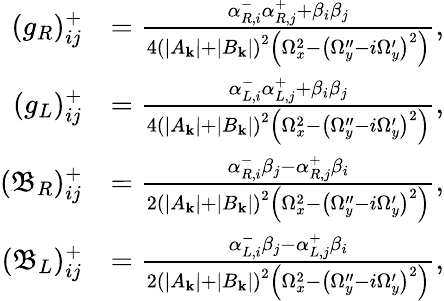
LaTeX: \begin{array}{rl}{(g_{R})_{ij}^{+}}&{=\frac{\alpha_{R,i}^{-}\alpha_{R,j}^{+}+\beta_{i}\beta_{j}}{4{\left(|A_{\mathbf{k}}|+|B_{\mathbf{k}}|\right)}^{2}\left(\Omega_{x}^{2}-{\left(\Omega_{y}^{\prime\prime}-i\Omega_{y}^{\prime}\right)}^{2}\right)},}\\ {(g_{L})_{ij}^{+}}&{=\frac{\alpha_{L,i}^{-}\alpha_{L,j}^{+}+\beta_{i}\beta_{j}}{4{\left(|A_{\mathbf{k}}|+|B_{\mathbf{k}}|\right)}^{2}\left(\Omega_{x}^{2}-{\left(\Omega_{y}^{\prime\prime}-i\Omega_{y}^{\prime}\right)}^{2}\right)},}\\ {(\mathfrak{B}_{R})_{ij}^{+}}&{=\frac{\alpha_{R,i}^{-}\beta_{j}-\alpha_{R,j}^{+}\beta_{i}}{2{\left(|A_{\mathbf{k}}|+|B_{\mathbf{k}}|\right)}^{2}\left(\Omega_{x}^{2}-{\left(\Omega_{y}^{\prime\prime}-i\Omega_{y}^{\prime}\right)}^{2}\right)},}\\ {(\mathfrak{B}_{L})_{ij}^{+}}&{=\frac{\alpha_{L,i}^{-}\beta_{j}-\alpha_{L,j}^{+}\beta_{i}}{2{\left(|A_{\mathbf{k}}|+|B_{\mathbf{k}}|\right)}^{2}\left(\Omega_{x}^{2}-{\left(\Omega_{y}^{\prime\prime}-i\Omega_{y}^{\prime}\right)}^{2}\right)},}\end{array}